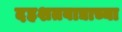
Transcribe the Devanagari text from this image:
दहशतवाद्याच्या